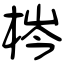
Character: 梣